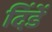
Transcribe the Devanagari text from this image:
दिंडें